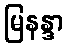
မြနန္ဒာ